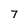
Character: 7